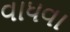
વાધવા